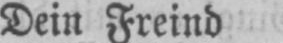
Dein Freind